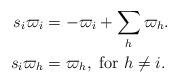
LaTeX: \begin{align*}s_i \varpi_i&=-\varpi_i+\sum_{h } \varpi_h. \\s_i \varpi_h&= \varpi_h, \textup{ for $h\ne i$.}\end{align*}